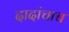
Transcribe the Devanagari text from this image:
दादांचाच